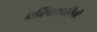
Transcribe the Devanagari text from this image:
प्रतिभाशक्तीची